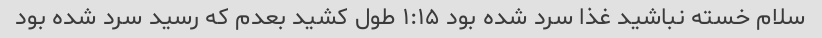
سلام خسته نباشید غذا سرد شده بود ۱:۱۵ طول کشید بعدم که رسید سرد شده بود